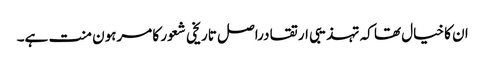
ان کا خیال تھا کہ تہذیبی ارتقا دراصل تاریخی شعور کا مرہون منت ہے۔